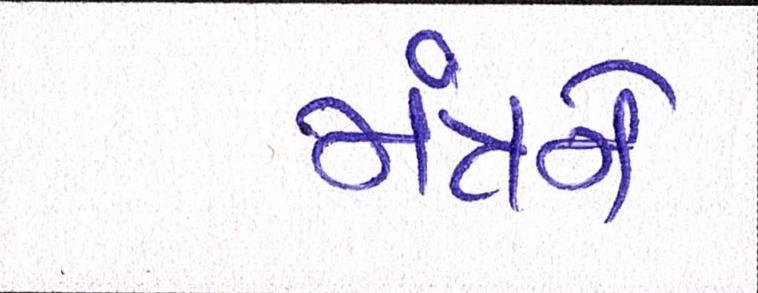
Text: મંત્રને